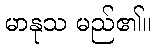
မာနုသ မည်၏။